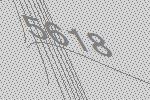
5618